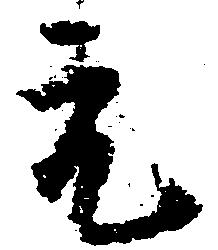
元